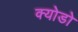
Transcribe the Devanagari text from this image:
क्योडो